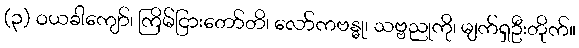
(၃) ဝယခါကျော်၊ ကြိမ်ငြားတော်တိ၊ လော်ကဗန္ဓု၊ သဗ္ဗညုကို၊ မျက်ရှဦးတိုက်။